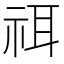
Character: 𥙟